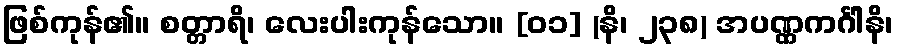
ဖြစ်ကုန်၏။ စတ္တာရိ၊ လေးပါးကုန်သော။ [၀၁] (နိ၊ ၂၃၈) အပဏ္ဏကင်္ဂါနိ၊